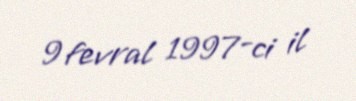
9 fevral 1997-ci il